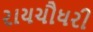
રાયચૌધરી